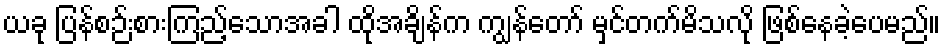
ယခု ပြန်စဉ်းစားကြည့်သောအခါ ထိုအချိန်က ကျွန်တော် မှင်တက်မိသလို ဖြစ်နေခဲ့ပေမည်။